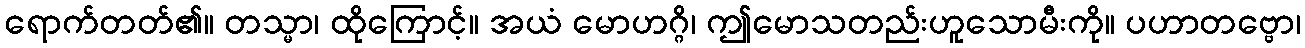
ရောက်တတ်၏။ တသ္မာ၊ ထိုကြောင့်။ အယံ မောဟဂ္ဂိ၊ ဤမောသတည်းဟူသောမီးကို။ ပဟာတဗ္ဗော၊